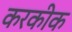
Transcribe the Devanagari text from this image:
करकीक